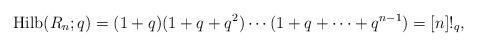
LaTeX: \begin{align*}\mathrm{Hilb}(R_n;q) = (1+q)(1+q+q^2) \cdots (1+q+\cdots+q^{n-1}) = [n]!_q,\end{align*}